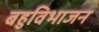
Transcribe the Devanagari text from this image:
बहुविभाजन